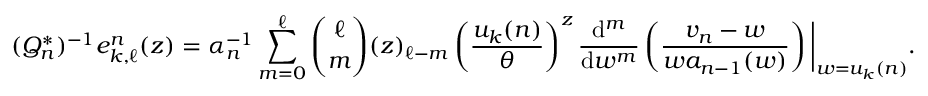
( Q _ { n } ^ { * } ) ^ { - 1 } e _ { k , \ell } ^ { n } ( z ) = \alpha _ { n } ^ { - 1 } \sum _ { m = 0 } ^ { \ell } { \binom { \ell } { m } } ( z ) _ { \ell - m } \left( \frac { u _ { k } ( n ) } { \theta } \right) ^ { z } \frac { \mathrm { d } ^ { m } } { \mathrm { d } w ^ { m } } \left( \frac { v _ { n } - w } { w a _ { n - 1 } ( w ) } \right) \bigg | _ { w = u _ { k } ( n ) } .